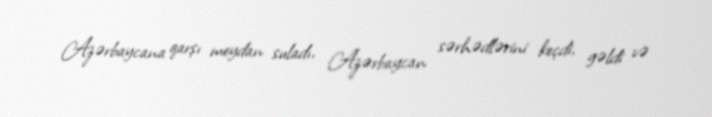
Azərbaycana qarşı meydan suladı, Azərbaycan sərhədlərini keçdi, gəldi və